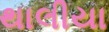
થાલીયા